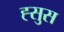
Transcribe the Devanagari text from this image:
ह्सुस